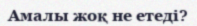
Амалы жоқ не етеді?